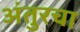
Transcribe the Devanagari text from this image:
अंतुरचा